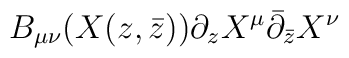
B_{\mu\nu}(X(z,\bar z)) \partial_z X^\mu \bar{\partial}_{\bar{z}} X^\nu